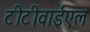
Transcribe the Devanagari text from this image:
टीटीवाईएल